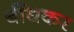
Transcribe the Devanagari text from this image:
बींधकर